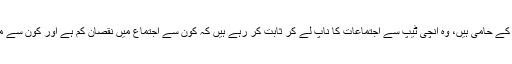
اب ہم جیسے لوگ جو عورت مارچ کے حامی ہیں، وہ انچی ٹیپ سے اجتماعات کا ناپ لے کر ثابت کر رہے ہیں کہ کون سے اجتماع میں نقصان کم ہے اور کون سے میں اندیشہ ہائے دور دراز زیادہ ہیں۔